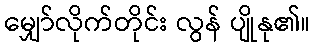
မျှော်လိုက်တိုင်း လွန် ပျိုနု၏။